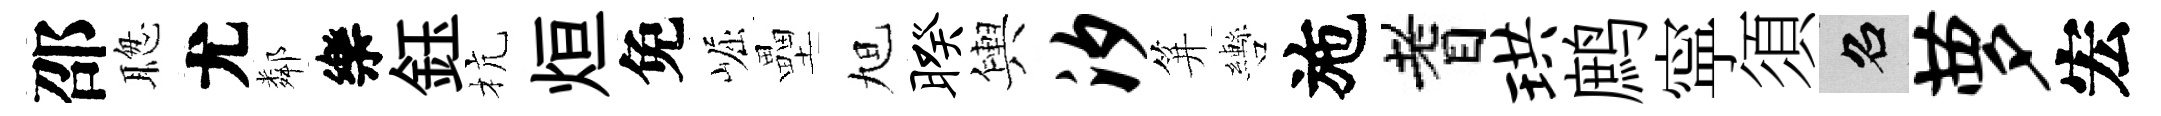
邵聦尤鄰樂鈺杭烜免崛壘旭暌輿汐笄轡施耆珙鹧寜須召萝宏